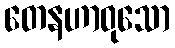
တေနဟာဝုသော